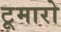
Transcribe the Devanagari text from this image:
टूमारो